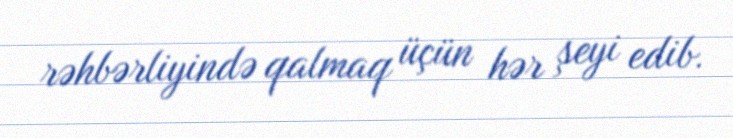
rəhbərliyində qalmaq üçün hər şeyi edib.